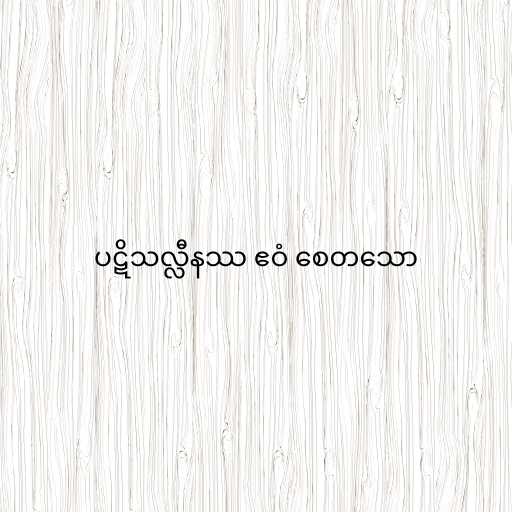
ပဋိသလ္လီနဿ ဧဝံ စေတသော